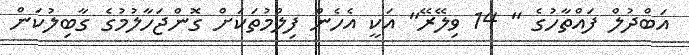
އަބްދުލް ފައްތާހުގެ " 14 ވިލޭރޭ" އަކީ އެހެން ފިލްމުތަކަށް ގޮންޖަހާލުމުގެ ގާބިލުކަން